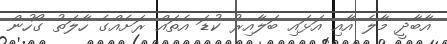
އާބާދީ މާލެ އާއި އަޅައި ބަލާއިރު ކުޑަ އެތައް ރަށެއްގެ ހާލަތު ގޯހުން